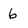
Character: 6